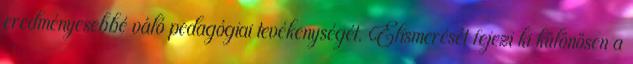
eredményesebbé váló pedagógiai tevékenységét. Elismerését fejezi ki különösen a